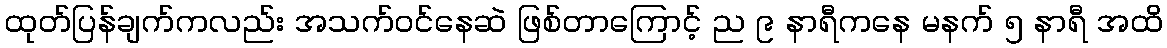
ထုတ်ပြန်ချက်ကလည်း အသက်ဝင်နေဆဲ ဖြစ်တာကြောင့် ည ၉ နာရီကနေ မနက် ၅ နာရီ အထိ